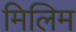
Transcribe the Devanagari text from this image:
मिलिम